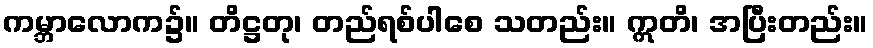
ကမ္ဘာလောက၌။ တိဋ္ဌတု၊ တည်ရစ်ပါစေ သတည်း။ ဣတိ၊ အပြီးတည်း။